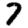
Digit: 7